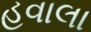
હવાલા